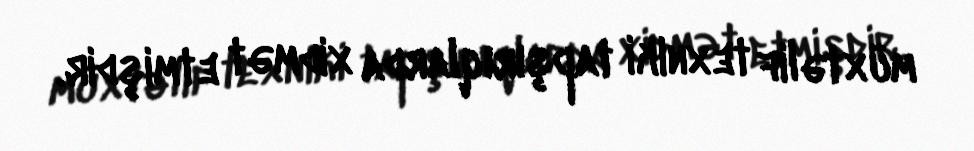
müxtəlif texniki tapşırıqlarda xidmət etmişdir.